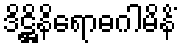
ဒိဋ္ဌိနိရောဓဂါမိနိံ